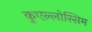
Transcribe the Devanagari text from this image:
कुएल्लोस्सिम